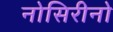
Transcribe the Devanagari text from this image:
नोसिरीनो